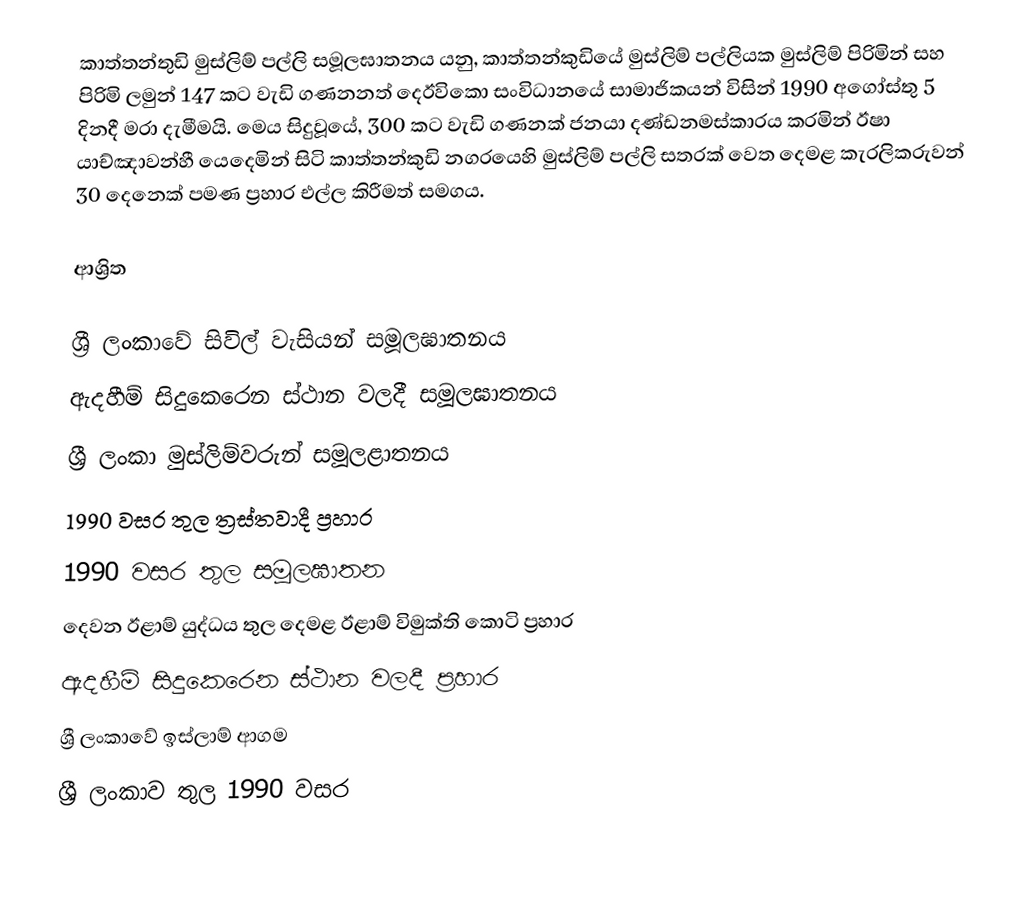
කාත්තන්තුඩි මුස්ලිම් පල්ලි සමූලඝාතනය යනු,   කාත්තන්කුඩියේ මුස්ලිම් පල්ලියක  මුස්ලිම් පිරිමින් සහ පිරිමි ලමුන් 147 කට වැඩි ගණනනත්    දෙඊවිකො සංවිධානයේ සාමාජිකයන් විසින් 1990 අගෝස්තු 5 දිනදී මරා දැමීමයි. මෙය සිදුවූයේ, 300 කට වැඩි ගණනක් ජනයා දණ්ඩනමස්කාරය කරමින්  ඊෂා යාච්ඤාවන්හී යෙදෙමින් සිටි කාත්තන්කුඩි නගරයෙහි මුස්ලිම් පල්ලි සතරක් වෙත දෙමළ කැරලිකරුවන් 30 දෙනෙක් පමණ ප්‍රහාර එල්ල කිරීමත් සමගය.

ආශ්‍රිත

ශ්‍රී ලංකාවේ සිවිල් වැසියන් සමූලඝාතනය
ඇදහීම් සිදුකෙරෙන ස්ථාන වලදී සමූලඝාතනය
ශ්‍රී ලංකා මුස්ලිම්වරුන් සමූලළාතනය
1990 වසර තුල ත්‍රස්තවාදී ප්‍රහාර
1990 වසර තුල සමූලඝාතන
දෙවන ඊළාම් යුද්ධය තුල දෙමළ ඊළාම් විමුක්ති කොටි ප්‍රහාර
 ඇදහීම් සිදුකෙරෙන ස්ථාන වලදී ප්‍රහාර
ශ්‍රී ලංකාවේ ඉස්ලාම් ආගම
ශ්‍රී ලංකාව තුල 1990 වසර